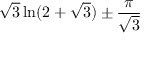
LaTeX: { \sqrt { 3 } } \ln ( 2 + { \sqrt { 3 } } ) \pm { \frac { \pi } { \sqrt { 3 } } }